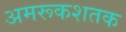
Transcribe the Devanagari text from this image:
अमरूकशतक